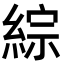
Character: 綜